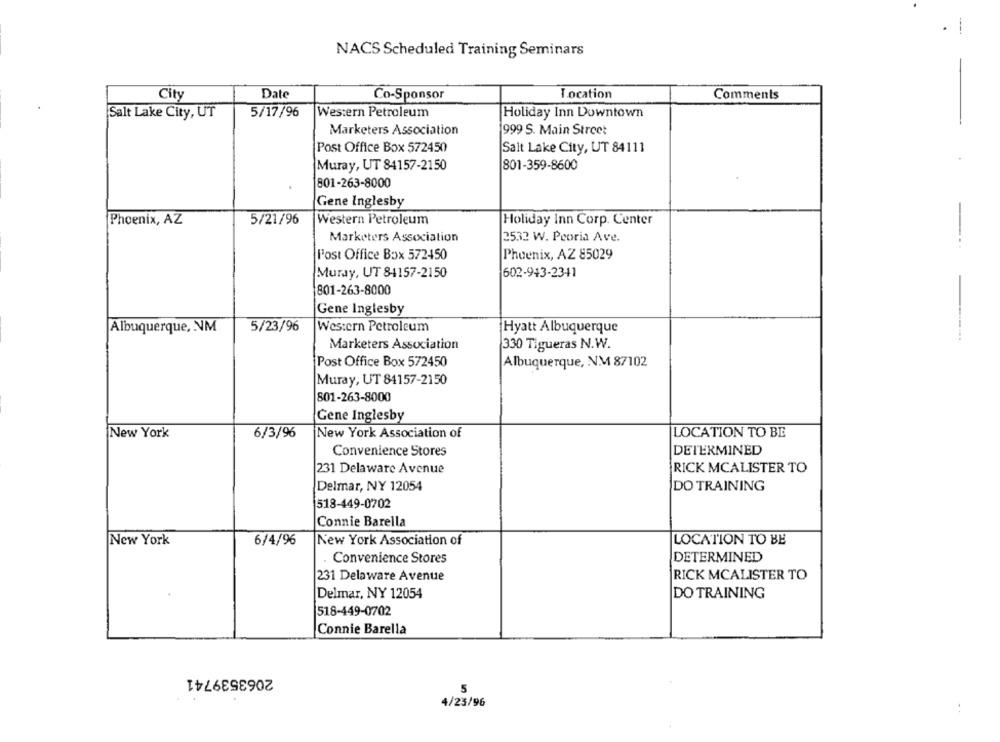
NACS Scheduled Training Seminars
City
Date
Co-Sponsor
Location
Comments
Salt Lake City, UT
5/17/96
Western Petroleum
Holiday Inn Downtown
Marketers Association
999 S. Main Street
Post Office Box 572450
Salt Lake City, UT 84111
Muray, UT 84157-2150
801-359-8600
801-263-8000
Gene Inglesby
-
Phoenix, AZ
5/21/96
Western Petroleum
Holiday Inn Corp. Center
Marketers Association
2532 W. Peoria Ave.
Post Office Box 572450
Phoenix, AZ 85029
Muray, UT 84157-2150
602-943-2341
801-263-8000
Gene Inglesby
5/23/96
Albuquerque, NM
Western Petroleum
Hyatt Albuquerque
Marketers Association
330 Tigueras N.W.
Post Office Box 572450
Albuquerque, NM 87102
Muray, UT 84157-2150
801-263-8000
Gene Inglesby
New York
6/3/96
New York Association of
LOCATION TO BE
Convenience Stores
DETERMINED
231 Delaware Avenue
RICK MCALISTER TO
Delmar, NY 12054
DO TRAINING
518-449-0702
Connie Barella
New York
6/4/96
New York Association of
LOCATION TO BE
DETERMINED
Convenience Stores
231 Delaware Avenue
RICK MCALISTER TO
DO TRAINING
Delmar, NY 12054
518-449-0702
Connie Barella
2063539741
5
4/23/96
. .